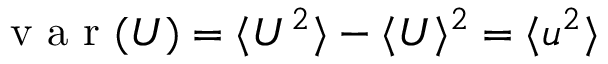
\mathrm { ~ v ~ a ~ r ~ } ( U ) = \langle U ^ { 2 } \rangle - \langle U \rangle ^ { 2 } = \langle u ^ { 2 } \rangle